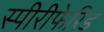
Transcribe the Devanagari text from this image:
स्पीरीफेरिड